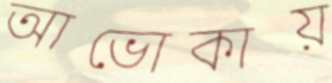
আভোকায়